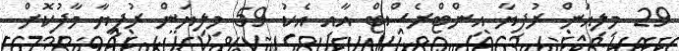
29 މިލިއަން ރުފިޔާ އިންޓްރެސްޓް އާއި އެކު 59 މިލިޔަން ރުފިޔާ މާފުކޮށް